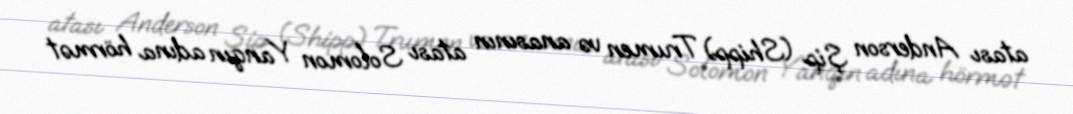
atası Anderson Şip (Shipp) Trumen və anasının atası Solomon Yanqın adına hörmət